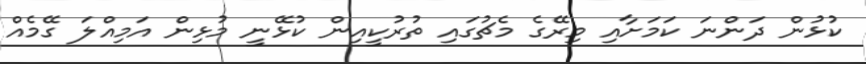
ކުޅުން ދަންނަ ކަމަށާއި މިރޭގެ މެޗުގައި ތުރުކީއިން ކުޅޭނީ މުޅިން އަމިއްލަ ގޭމެއް